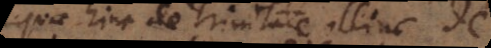
quae hinc de Trinitate illinc de